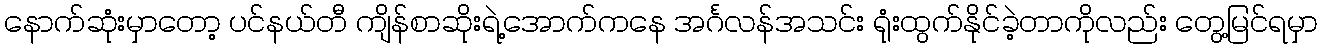
နောက်ဆုံးမှာတော့ ပင်နယ်တီ ကျိန်စာဆိုးရဲ့အောက်ကနေ အင်္ဂလန်အသင်း ရုံးထွက်နိုင်ခဲ့တာကိုလည်း တွေ့မြင်ရမှာ